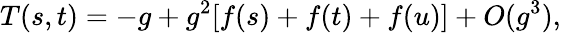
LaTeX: T(s,t)=-g+g^{2}[f(s)+f(t)+f(u)]+O(g^{3}),